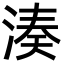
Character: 湊